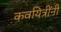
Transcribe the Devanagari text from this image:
कवयित्रींनी